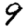
Digit: 9